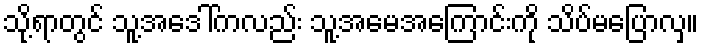
သို့ရာတွင် သူ့အဒေါ်ကလည်း သူ့အမေအကြောင်းကို သိပ်မပြောလှ။